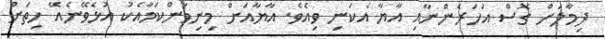
ދިމާލަށް ގޮސް އަހަރެންނާއި އާޔާ އެކަނި ވިއެވެ. އާޔާއަށް މިނިވަންކަމާއެކު އުޅެވޭނެއޭ ހިތަށް